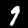
Label: 9